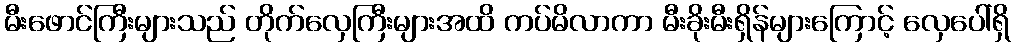
မီးဖောင်ကြီးများသည် တိုက်လှေကြီးများအထိ ကပ်မိလာကာ မီးခိုးမီးရှိန်များကြောင့် လှေပေါ်ရှိ